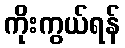
ကိုးကွယ်ရန်